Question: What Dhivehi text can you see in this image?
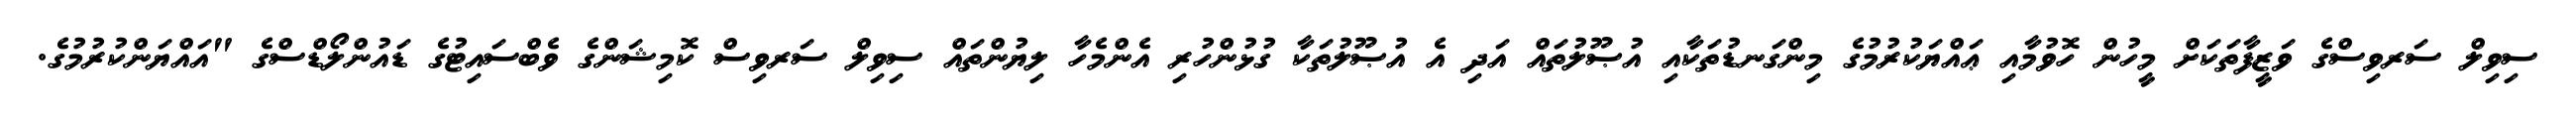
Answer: ސިވިލް ސަރވިސްގެ ވަޒީފާތަކަށް މީހުން ހޮވުމާއި ޢައްޔަކުރުމުގެ މިންގަނޑުތަކާއި އުޞޫލުތައް އަދި އެ އުޞޫލުތަކާ ގުޅުންހުރި އެންމެހާ ލިޔުންތައް ސިވިލް ސަރވިސް ކޮމިޝަންގެ ވެބްސައިޓުގެ ޑައުންލޯޑްސްގެ "އައްޔަންކުރުމުގެ.